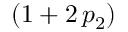
( 1 + 2 \, p _ { 2 } )